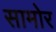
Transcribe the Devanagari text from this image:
सामोर